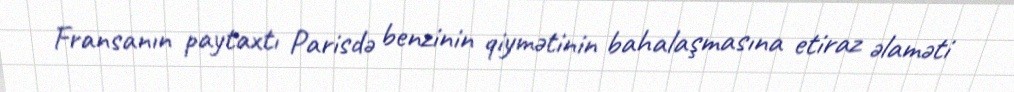
Fransanın paytaxtı Parisdə benzinin qiymətinin bahalaşmasına etiraz əlaməti